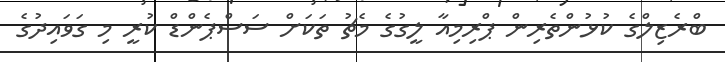
ބްރެޒިލްގެ ކުޅުންތެރިން ޕްރިމިއާ ލީގުގެ މެޗު ތަކަށް ސަސްޕެންޑް ކުރީ މި ގަވައިދުގެ